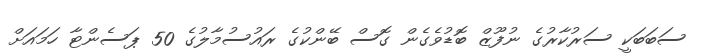
ސަބަބަކީ ސަރުކާރުގެ ނުފޫޒް ބޮޑުވެގެން ގޮސް ބޭންކުގެ ރައުސުމާލުގެ 50 ޕަސެންޓާ ހަމައަށް